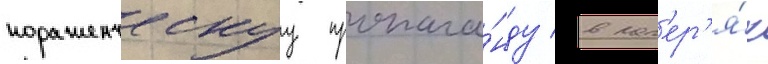
пораженческуу пропага́нду в лаг'ер'я́х